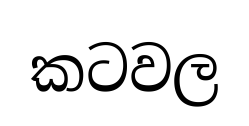
කටවල